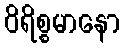
ဝိရိစ္စမာနော